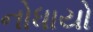
નોધાયો